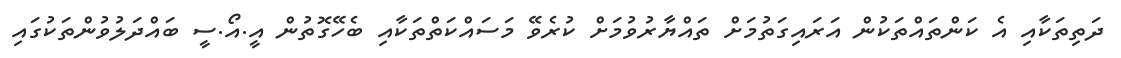
ދަތިތަކާއި އެ ކަންތައްތަކުން އަރައިގަތުމަށް ތައްޔާރުވުމަށް ކުރެވޭ މަސައްކަތްތަކާއި ބެހޭގޮތުން އީ.އޯ.ސީ ބައްދަލުވުންތަކުގައި